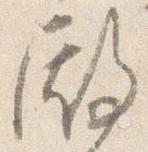
殿